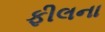
ફીલના